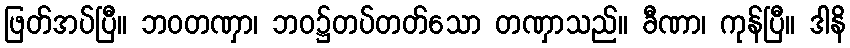
ဖြတ်အပ်ပြီ။ ဘဝတဏှာ၊ ဘဝ၌တပ်တတ်သော တဏှာသည်။ ခီဏာ၊ ကုန်ပြီ။ ဒါနိ